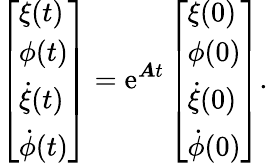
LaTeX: \left[\begin{array}{l}{\xi(t)}\\ {\phi(t)}\\ {\dot{\xi}(t)}\\ {\dot{\phi}(t)}\end{array}\right]=\mathrm{e}^{\boldsymbol{A}t}\left[\begin{array}{l}{\xi(0)}\\ {\phi(0)}\\ {\dot{\xi}(0)}\\ {\dot{\phi}(0)}\end{array}\right].